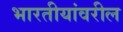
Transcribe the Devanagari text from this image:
भारतीयांवरील